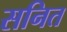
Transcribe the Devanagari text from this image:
सनित